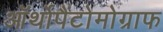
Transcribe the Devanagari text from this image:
ऑर्थोपैंटोमोग्राफ